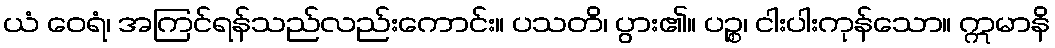
ယံ ဝေရံ၊ အကြင်ရန်သည်လည်းကောင်း။ ပသတိ၊ ပွား၏။ ပဉ္စ၊ ငါးပါးကုန်သော။ ဣမာနိ